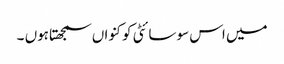
میں اس سوسائٹی کو کنواں سمجھتاہوں ۔